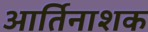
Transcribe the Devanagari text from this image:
आर्तिनाशक